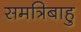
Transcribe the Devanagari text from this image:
समत्रिबाहु